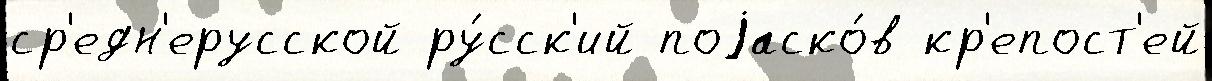
ср'едн'ерусской ру́сск'ий поjаско́в кр'епост'ей